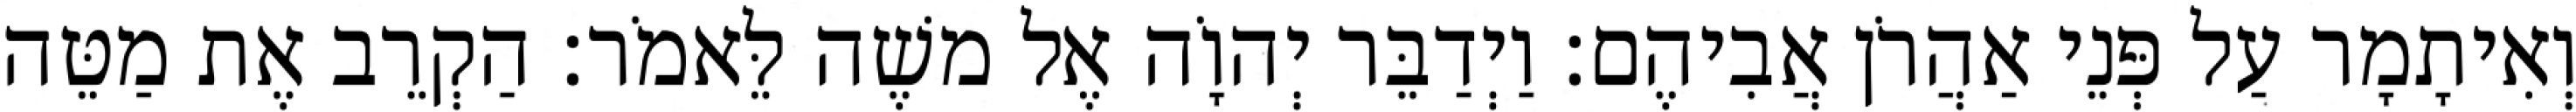
וְאִיתָמָר עַל פְּנֵי אַהֲרֹן אֲבִיהֶם׃ וַיְדַבֵּר יְהוָֹה אֶל משֶׁה לֵּאמֹר׃ הַקְרֵב אֶת מַטֵּה